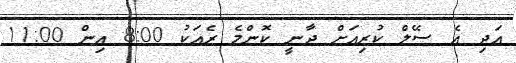
އަދި އެ ސޭލް ކުރިއަށް ދާނީ ކޮންމެ ރެއަކު 8:00 އިން 11:00